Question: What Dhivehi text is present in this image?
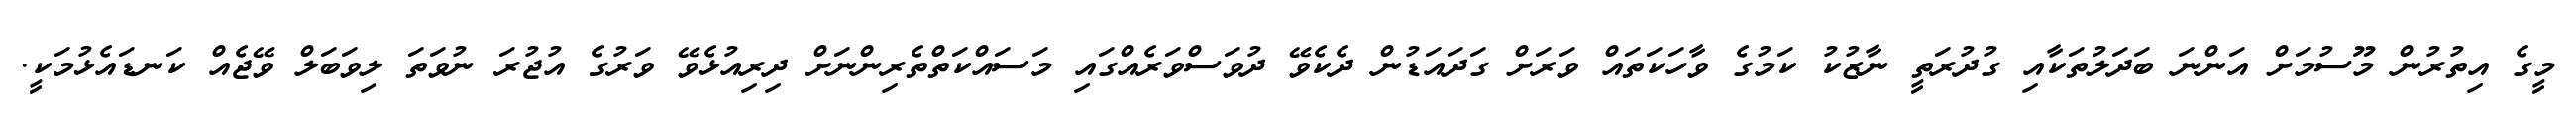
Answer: މީގެ އިތުރުން މޫސުމަށް އަންނަ ބަދަލުތަކާއި ގުދުރަތީ ނާޒުކު ކަމުގެ ވާހަކަތައް ވަރަށް ގަދައަޑުން ދެކެވޭ ދުވަސްވަރެއްގައި މަސައްކަތްތެރިންނަށް ދިރިއުޅެވޭ ވަރުގެ އުޖުރަ ނުވަތަ ލިވަބަލް ވޭޖެއް ކަނޑައެޅުމަކީ.